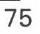
75